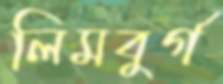
লিমবুর্গ